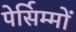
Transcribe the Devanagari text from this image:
पेर्सिम्मों